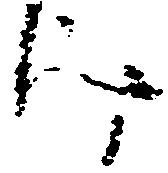
け